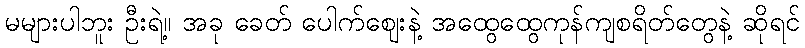
မများပါဘူး ဦးရဲ့။ အခု ခေတ် ပေါက်ဈေးနဲ့ အထွေထွေကုန်ကျစရိတ်တွေနဲ့ ဆိုရင်